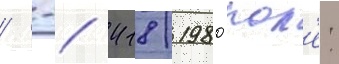
/ -/ 418/ 1980пол'е: